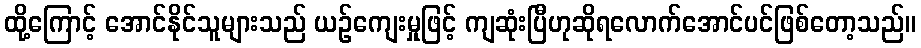
ထို့ကြောင့် အောင်နိုင်သူများသည် ယဉ်ကျေးမှုဖြင့် ကျဆုံးပြီဟုဆိုရလောက်အောင်ပင်ဖြစ်တော့သည်။